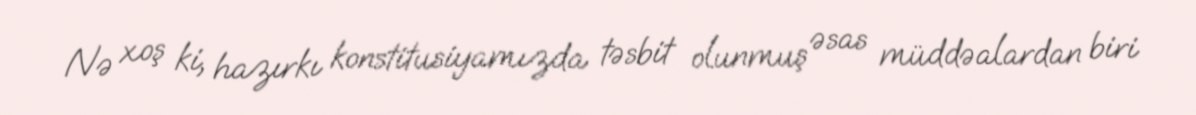
Nə xoş ki, hazırkı konstitusiyamızda təsbit olunmuş əsas müddəalardan biri